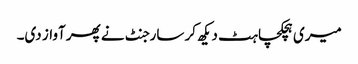
میری ہچکچاہٹ دیکھ کر سارجنٹ نے پھر آواز دی۔